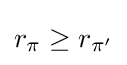
r_{\pi }\geq r_{\pi '}